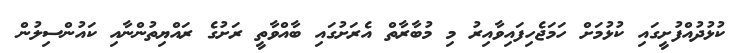
ކުޅުދުއްފުށީގައި ކުޅުމަށް ހަމަޖެހިފައިވާއިރު މި މުބާރާތް އެރަށުގައި ބާއްވާތީ ރަށުގެ ރައްޔިތުންނާއި ކައުންސިލުން